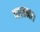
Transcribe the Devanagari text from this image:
पालना।